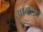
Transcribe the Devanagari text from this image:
आमशय